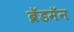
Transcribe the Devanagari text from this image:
ब्रॅडमॅन